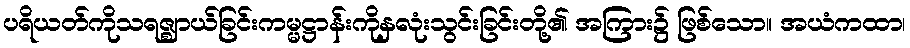
ပရိယတ်ကိုသရဇ္ဈာယ်ခြင်းကမ္မဋ္ဌာန်းကိုနှလုံးသွင်းခြင်းတို့၏ အကြား၌ ဖြစ်သော။ အယံကထာ၊